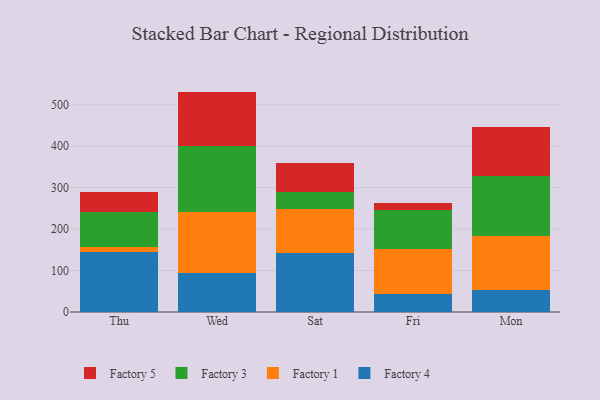
{"axis": {"x": "Day", "y": "Shipments"}, "legend": ["Factory 1", "Factory 3", "Factory 4", "Factory 5"], "data": [{"x": "Thu", "y": 143.8, "type": "Factory 4"}, {"x": "Thu", "y": 12.6, "type": "Factory 1"}, {"x": "Thu", "y": 84.2, "type": "Factory 3"}, {"x": "Thu", "y": 47.7, "type": "Factory 5"}, {"x": "Wed", "y": 93.0, "type": "Factory 4"}, {"x": "Wed", "y": 148.5, "type": "Factory 1"}, {"x": "Wed", "y": 159.0, "type": "Factory 3"}, {"x": "Wed", "y": 131.0, "type": "Factory 5"}, {"x": "Sat", "y": 143.4, "type": "Factory 4"}, {"x": "Sat", "y": 105.2, "type": "Factory 1"}, {"x": "Sat", "y": 40.7, "type": "Factory 3"}, {"x": "Sat", "y": 70.8, "type": "Factory 5"}, {"x": "Fri", "y": 42.5, "type": "Factory 4"}, {"x": "Fri", "y": 109.3, "type": "Factory 1"}, {"x": "Fri", "y": 94.4, "type": "Factory 3"}, {"x": "Fri", "y": 17.8, "type": "Factory 5"}, {"x": "Mon", "y": 52.5, "type": "Factory 4"}, {"x": "Mon", "y": 129.8, "type": "Factory 1"}, {"x": "Mon", "y": 145.9, "type": "Factory 3"}, {"x": "Mon", "y": 118.0, "type": "Factory 5"}]}